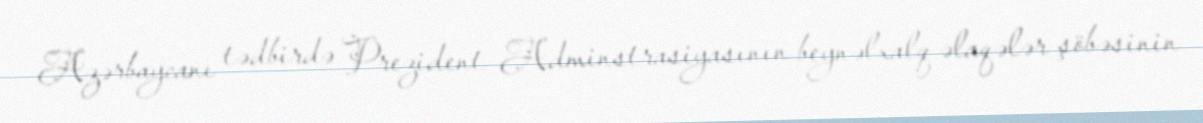
Azərbaycanı tədbirdə Prezident Adminstrasiyasının beynəlxalq əlaqələr şöbəsinin